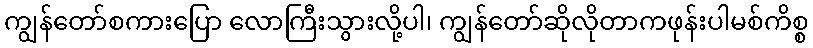
ကျွန်တော်စကားပြော လောကြီးသွားလို့ပါ၊ ကျွန်တော်ဆိုလိုတာကဖုန်းပါမစ်ကိစ္စ